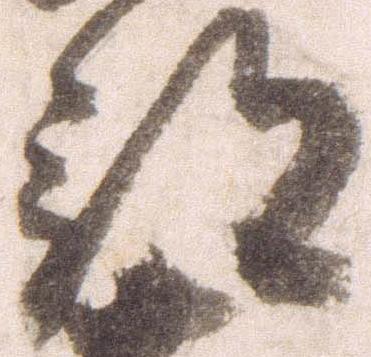
部